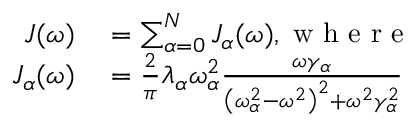
\begin{array} { r l } { J ( \omega ) } & { { } = \sum _ { \alpha = 0 } ^ { N } J _ { \alpha } ( \omega ) , \mathrm { ~ w ~ h ~ e ~ r ~ e ~ } } \\ { J _ { \alpha } ( \omega ) } & { { } = \frac { 2 } { \pi } \lambda _ { \alpha } \omega _ { \alpha } ^ { 2 } \frac { \omega \gamma _ { \alpha } } { \left( \omega _ { \alpha } ^ { 2 } - \omega ^ { 2 } \right) ^ { 2 } + \omega ^ { 2 } \gamma _ { \alpha } ^ { 2 } } } \end{array}